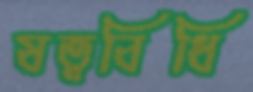
ষত্ববিধি